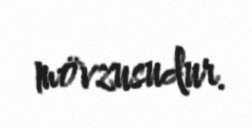
mövzusudur.